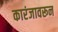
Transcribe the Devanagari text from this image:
कारंजावरून